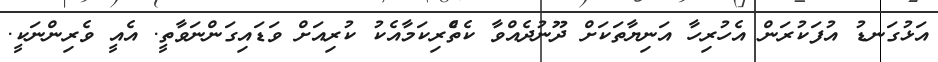
އަޅުގަނޑު އުފަކުރަން އެހުރިހާ އަނިޔާތަކަށް ދޫނުދެއްވާ ކެތްެރިކަމާއެކު ކުރިއަށް ވަޑައިގަންނަވާތީ. އެއީ ވެރިންނަކީ.